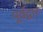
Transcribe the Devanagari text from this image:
पूर्वद्वार